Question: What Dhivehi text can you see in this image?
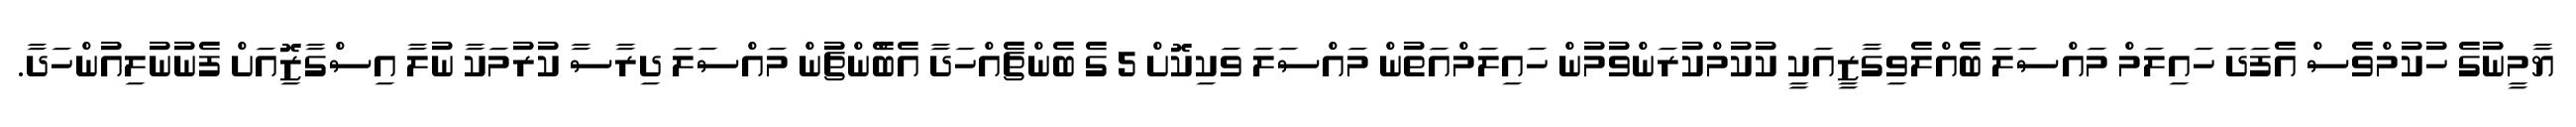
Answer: ޔާމީނުގެ ހުކުމްވެސް އެފަދަ ހައިލަމް މައްސަލަ ބެއްލެވިގާޒީއަކީ ކުކުމްކުރަންވުމުން ހައިލަމްއަތުން މައްސަލަ ވަކިކޮށް 5 ގެ ބެންޗެއްހަދާ އެބްެންޗުން މައްސަލަ ދިރާސާ ކުރުމަކާ ނުލާ އިސްގާޒޮިއަށް ފެނުނުލިއުންހަދާ.